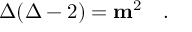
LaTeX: \Delta ( \Delta - 2 ) = { \mathbf m } ^ { 2 } \quad .